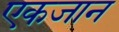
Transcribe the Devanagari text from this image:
एकजान